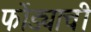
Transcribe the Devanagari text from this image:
फोंड्याची